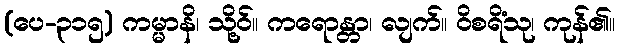
(ပေ-၃၁၅) ကမ္မာနိ၊ သို့ဝ်။ ကရောန္တာ၊ လျက်။ ဝိစရိံသု၊ ကုန်၏။